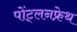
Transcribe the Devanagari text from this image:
पोंट्लनफ्रेथ